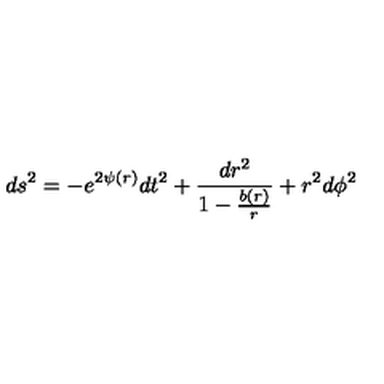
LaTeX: d s ^ { 2 } = - e ^ { 2 \psi ( r ) } d t ^ { 2 } + \frac { d r ^ { 2 } } { 1 - \frac { b ( r ) } { r } } + r ^ { 2 } d \phi ^ { 2 }